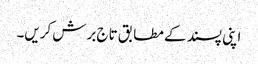
اپنی پسند کے مطابق تاج برش کریں۔